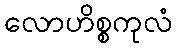
လောဟိစ္စကုလံ